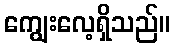
ကျွေးလေ့ရှိသည်။